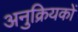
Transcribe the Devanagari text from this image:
अनुक्रियकों